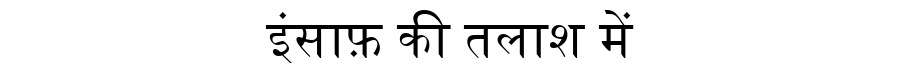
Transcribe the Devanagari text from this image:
इंसाफ़ की तलाश में